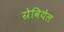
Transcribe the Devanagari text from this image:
ग्रेवियेल